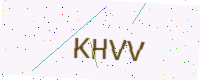
Text: KHVV